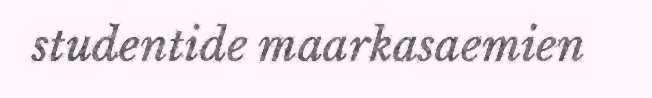
studentide maarkasaemien